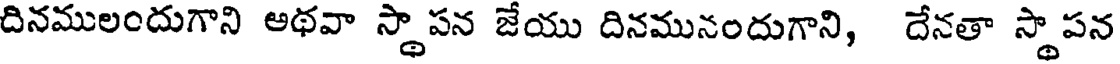
దినములందుగాని ఆథవా స్థాపన జేయు దినమునందుగాని, దేనతా స్థాపన